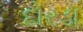
દોરડા